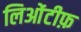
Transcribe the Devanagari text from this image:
लिओंटीफ़